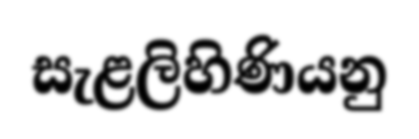
සැළලිහිණියනු